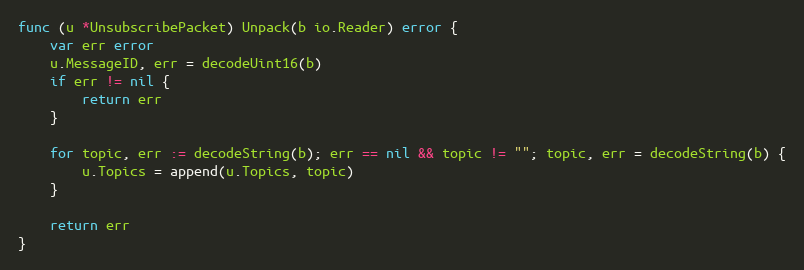
Language: Go
func (u *UnsubscribePacket) Unpack(b io.Reader) error {
	var err error
	u.MessageID, err = decodeUint16(b)
	if err != nil {
		return err
	}

	for topic, err := decodeString(b); err == nil && topic != ""; topic, err = decodeString(b) {
		u.Topics = append(u.Topics, topic)
	}

	return err
}